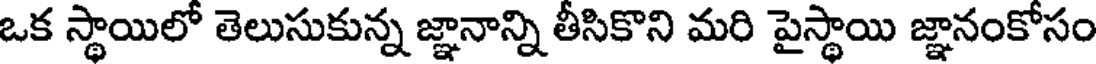
ఒక స్థాయిలో తెలుసుకున్న జ్ఞానాన్ని తీసికొని మరి పైస్థాయి జ్ఞానంకోసం